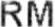
RM